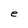
Character: e